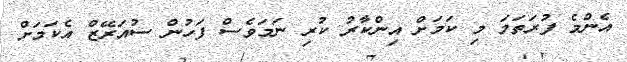
އެންމެ ފުރަތަމަ މި ކަމަށް އިންކާރު ކުރި ނަމަވެސް ފަހުން ސުއަރޭޒް އެކަމަށް